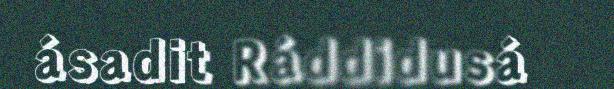
ásadit Ráddidusá